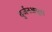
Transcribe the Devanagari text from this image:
दुर्जनअसुरां